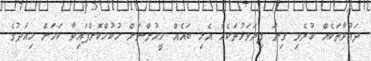
ދައުވާތަކެއް ކުރެވި ގިނަ ފިޔަވަޅުތަކެއް އެޅި ބައެއް މީހުންނަށް ހުކުމްކޮށްފައިވާ ކަމަށް މިއަދުގެ